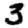
Digit: 3